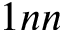
1 n n